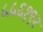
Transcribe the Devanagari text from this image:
५५६१९२